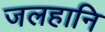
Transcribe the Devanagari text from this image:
जलहानि